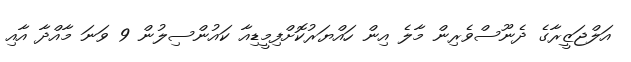
އަލްޖަޒީރާގެ ދެނޫސްވެރިން މާލެ އިން ހައްޔަރުކޮށްފިމީޑިއާ ކައުންސިލުން 9 ވަނަ މާއްދާ އާއި